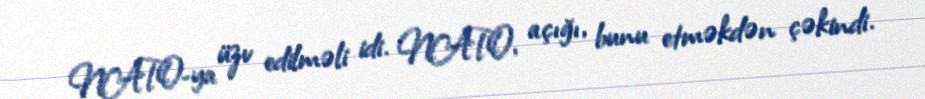
NATO-ya üzv edilməli idi. NATO, açığı, bunu etməkdən çəkindi.